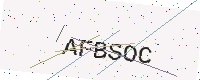
Text: AFBSOC